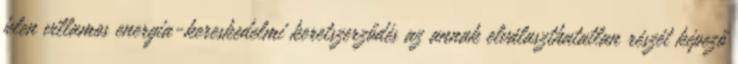
jelen villamos energia-kereskedelmi keretszerződés az annak elválaszthatatlan részét képező